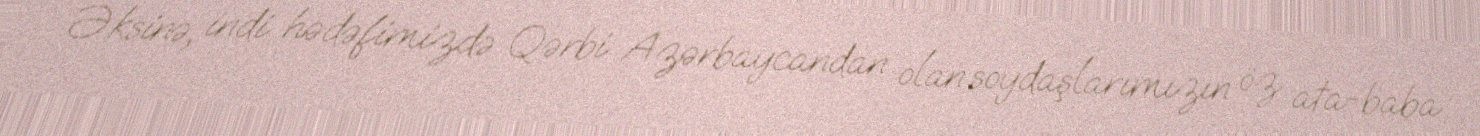
Əksinə, indi hədəfimizdə Qərbi Azərbaycandan olan soydaşlarımızın öz ata-baba